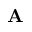
{ \bf A }